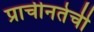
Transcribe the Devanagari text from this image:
प्राचीनतेची